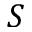
{ S }